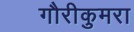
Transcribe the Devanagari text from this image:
गौरीकुमरा